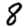
Digit: 8